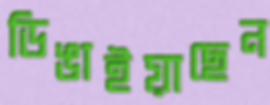
ডিঙাইয়াছেন